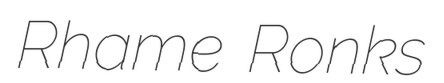
Rhame Ronks